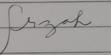
Signature authenticity: forged